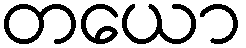
တယော